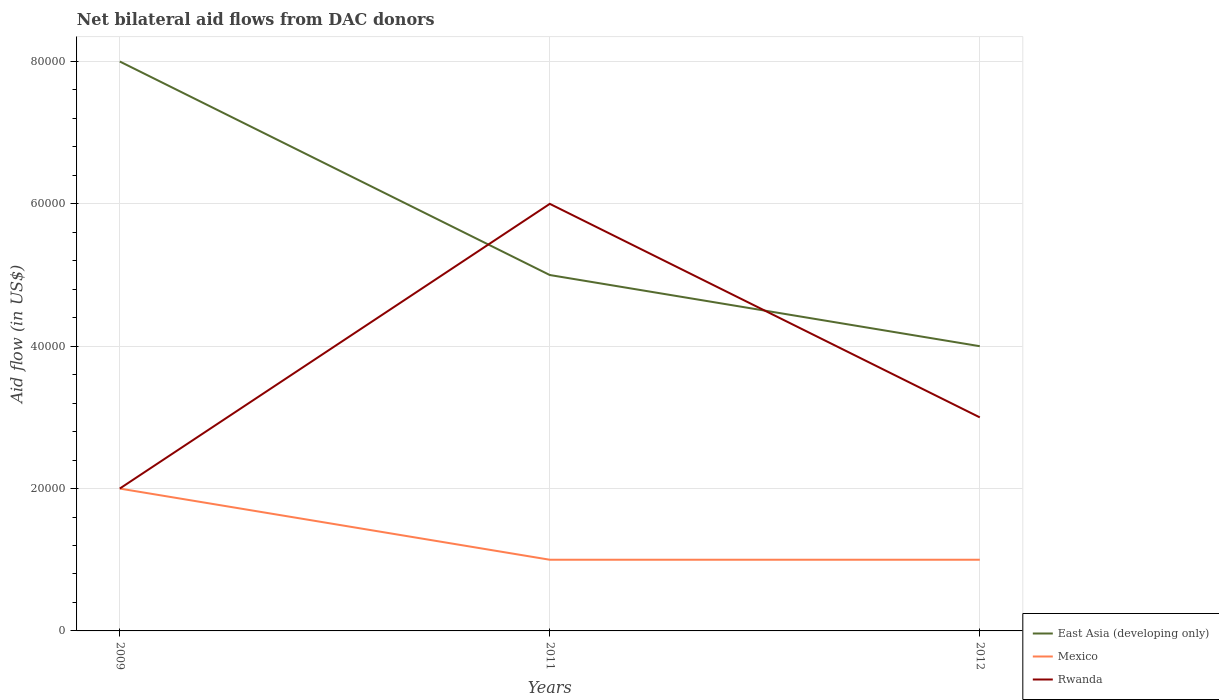
| Years | East Asia (developing only) | Mexico | Rwanda |
 | --- | --- | --- | --- |
 | 2009 | 8e+04 | 2e+04 | 2e+04 |
 | 2011 | 5e+04 | 1e+04 | 6e+04 |
 | 2012 | 4e+04 | 1e+04 | 3e+04 |